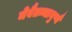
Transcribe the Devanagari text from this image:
मेवैतन्मानुष्यै